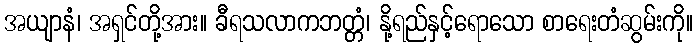
အယျာနံ၊ အရှင်တို့အား။ ခီရသလာကဘတ္တံ၊ နို့ရည်နှင့်ရောသော စာရေးတံဆွမ်းကို။